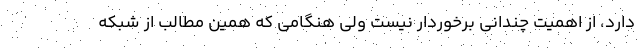
دارد، از اهمیت چندانی برخوردار نیست ولی هنگامی که همین مطالب از شبکه